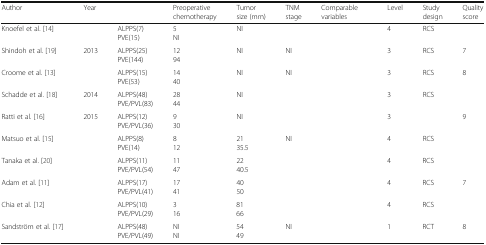
<table><thead><tr><td><b>Author</b></td><td><b>Year</b></td><td>[EMPTY_CELL]</td><td><b>Preoperative chemotherapy</b></td><td><b>Tumor size (mm)</b></td><td><b>TNM stage</b></td><td><b>Comparable variables</b></td><td><b>Level</b></td><td><b>Study design</b></td><td><b>Quality score</b></td></tr></thead><tbody><tr><td>Knoefel et al. [14]</td><td>[EMPTY_CELL]</td><td>ALPPS(7)PVE(15)</td><td>5NI</td><td>NI</td><td>[EMPTY_CELL]</td><td>[EMPTY_CELL]</td><td>4</td><td>RCS</td><td>[EMPTY_CELL]</td></tr><tr><td>Shindoh et al. [19]</td><td>2013</td><td>ALPPS(25)PVE(144)</td><td>1294</td><td>NI</td><td>NI</td><td>[EMPTY_CELL]</td><td>3</td><td>RCS</td><td>7</td></tr><tr><td>Croome et al. [13]</td><td>[EMPTY_CELL]</td><td>ALPPS(15)PVE(53)</td><td>1440</td><td>NI</td><td>NI</td><td>[EMPTY_CELL]</td><td>3</td><td>RCS</td><td>8</td></tr><tr><td>Schadde et al. [18]</td><td>2014</td><td>ALPPS(48)PVE/PVL(83)</td><td>2844</td><td>NI</td><td>[EMPTY_CELL]</td><td>[EMPTY_CELL]</td><td>3</td><td>RCS</td><td>[EMPTY_CELL]</td></tr><tr><td>Ratti et al. [16]</td><td>2015</td><td>ALPPS(12)PVE/PVL(36)</td><td>930</td><td>NI</td><td>[EMPTY_CELL]</td><td>[EMPTY_CELL]</td><td>3</td><td>[EMPTY_CELL]</td><td>9</td></tr><tr><td>Matsuo et al. [15]</td><td>[EMPTY_CELL]</td><td>ALPPS(8)PVE(14)</td><td>812</td><td>2135.5</td><td>NI</td><td>[EMPTY_CELL]</td><td>4</td><td>RCS</td><td>[EMPTY_CELL]</td></tr><tr><td>Tanaka et al. [20]</td><td>[EMPTY_CELL]</td><td>ALPPS(11)PVE/PVL(54)</td><td>1147</td><td>2240.5</td><td>[EMPTY_CELL]</td><td>[EMPTY_CELL]</td><td>4</td><td>RCS</td><td>[EMPTY_CELL]</td></tr><tr><td>Adam et al. [11]</td><td>[EMPTY_CELL]</td><td>ALPPS(17)PVE/PVL(41)</td><td>1741</td><td>4050</td><td>[EMPTY_CELL]</td><td>[EMPTY_CELL]</td><td>4</td><td>RCS</td><td>7</td></tr><tr><td>Chia et al. [12]</td><td>[EMPTY_CELL]</td><td>ALPPS(10)PVE/PVL(29)</td><td>316</td><td>8166</td><td>[EMPTY_CELL]</td><td>[EMPTY_CELL]</td><td>4</td><td>RCS</td><td>[EMPTY_CELL]</td></tr><tr><td>Sandström et al. [17]</td><td>[EMPTY_CELL]</td><td>ALPPS(48)PVE/PVL(49)</td><td>NINI</td><td>5449</td><td>NI</td><td>[EMPTY_CELL]</td><td>1</td><td>RCT</td><td>8</td></tr></tbody></table>